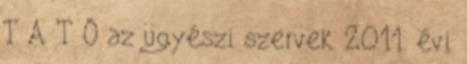
T A T Ó az ügyészi szervek 2011. évi